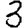
Digit: 3